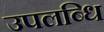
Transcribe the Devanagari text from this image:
उपलब्धि